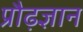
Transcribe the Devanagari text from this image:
प्रौढ़ज्ञान